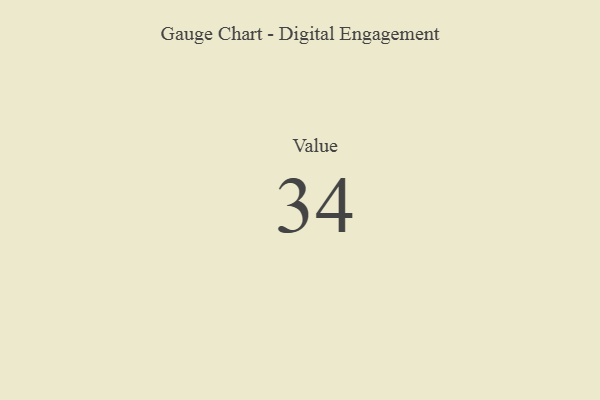
{"axis": {"x": "Metric", "y": "Value"}, "legend": [""], "data": [{"x": "Value", "y": 34, "type": ""}]}